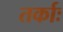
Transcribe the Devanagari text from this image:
तर्काः